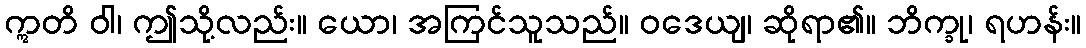
ဣတိ ဝါ၊ ဤသို့လည်း။ ယော၊ အကြင်သူသည်။ ဝဒေယျ၊ ဆိုရာ၏။ ဘိက္ခု၊ ရဟန်း။